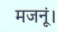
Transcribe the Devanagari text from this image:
मजनूं।